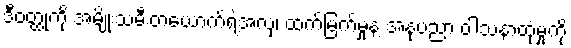
ဒီဝတ္ထုကို အမျိုးသမီးတယောက်ရဲ့အလှ၊ ထက်မြက်မှုနဲ့ အနုပညာ ဝါသနာထုံမှုကို